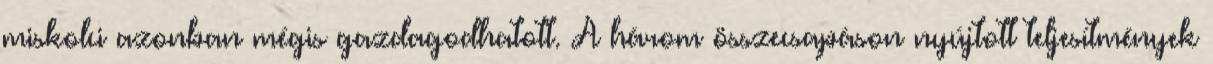
miskolci azonban mégis gazdagodhatott. A három összecsapáson nyújtott teljesítmények